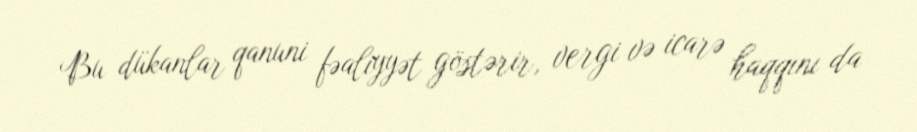
Bu dükanlar qanuni fəaliyyət göstərir, vergi və icarə haqqını da